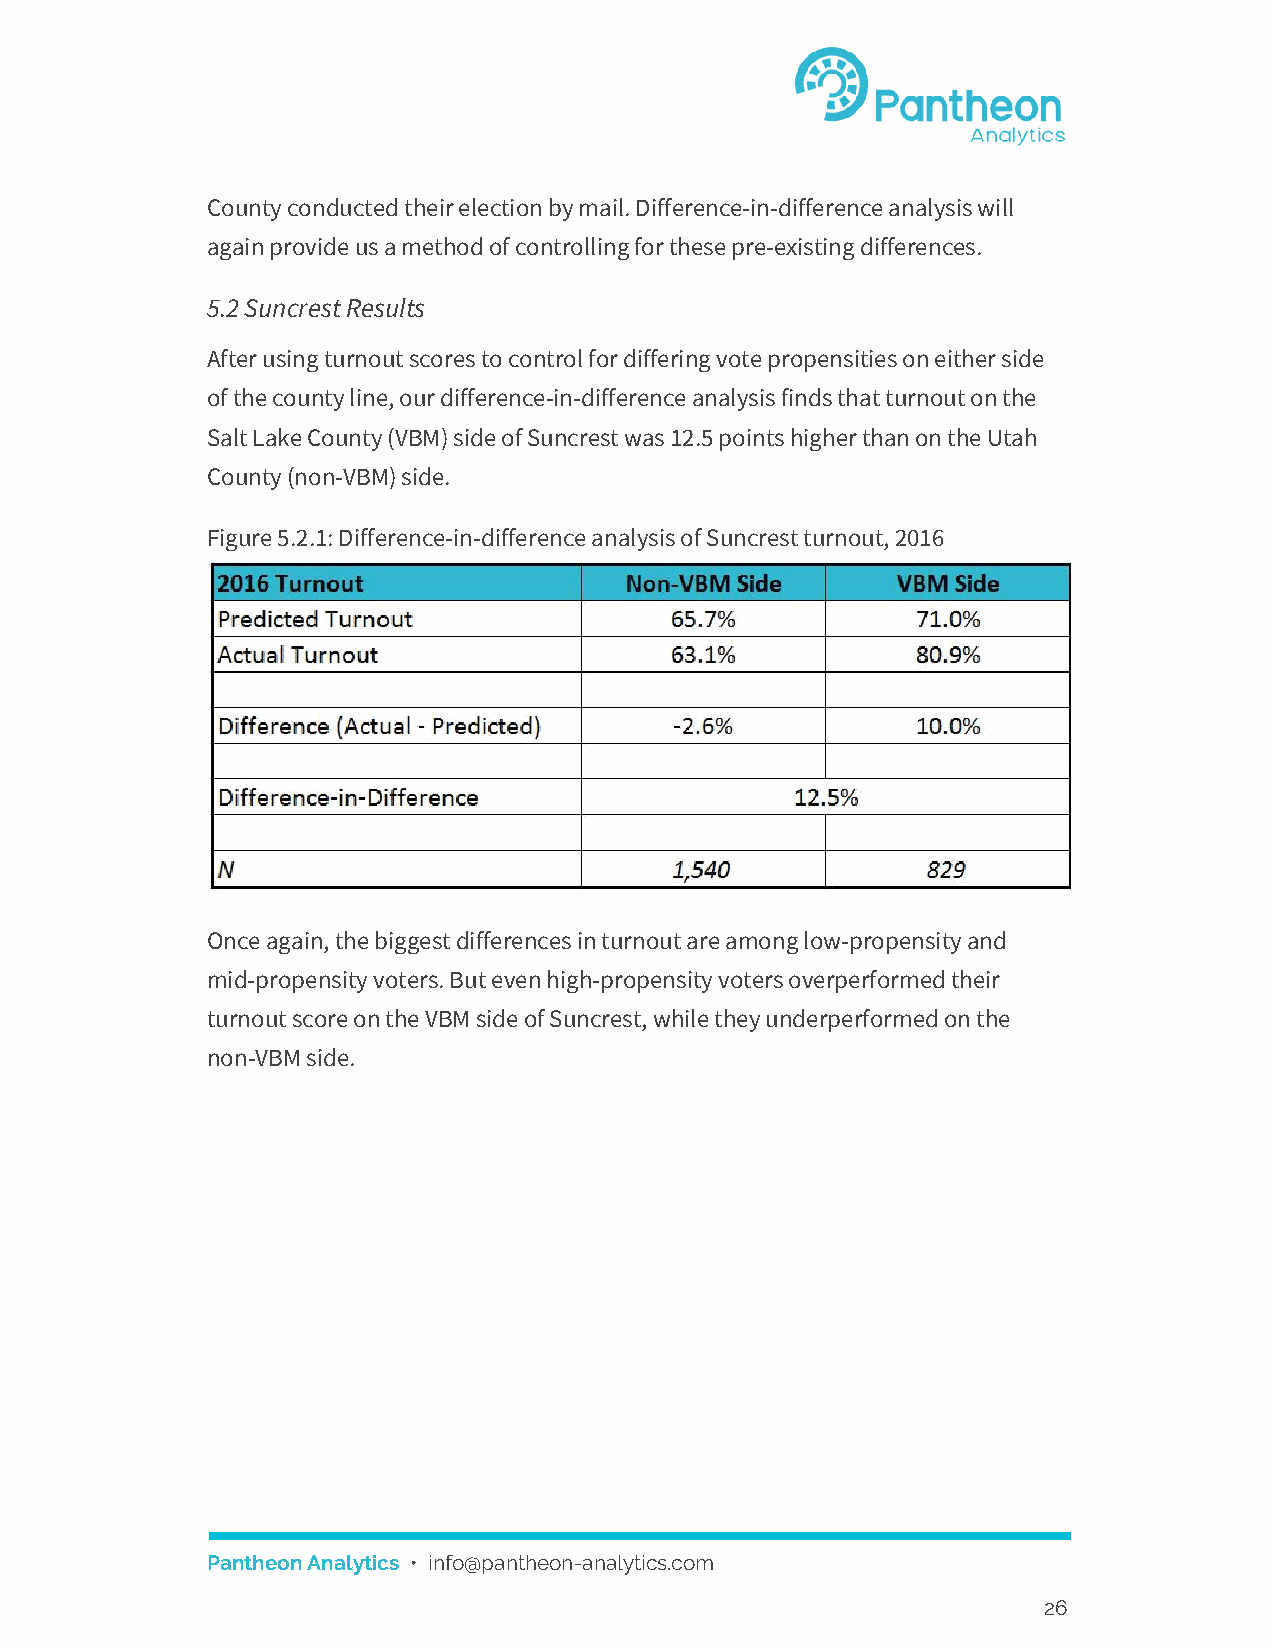
County conducted their election by mail. Difference-in-difference analysis will
 again provide us a method of controlling for these pre-existing differences.
 5.2 Suncrest Results
 After using turnout scores to control for differing vote propensities on either side
 of the county line, our difference-in-difference analysis finds that turnout on the
 Salt Lake County (VBM) side of Suncrest was 12.5 points higher than on the Utah
 County (non-VBM) side.
 Figure 5.2.1: Difference-in-difference analysis of Suncrest turnout, 2016
 Once again, the biggest differences in turnout are among low-propensity and
 mid-propensity voters. But even high-propensity voters overperformed their
 turnout score on the VBM side of Suncrest, while they underperformed on the
 non-VBM side.
 Pantheon Analytics • info@pantheon-analytics.com
 ​
 26